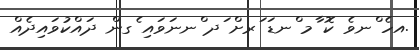
.އހެ ްނވެ ކޮ ާމ ްނޑަ ަރށް ަދ ްނނަވައި ެގން ދައްކުވައިދެއް